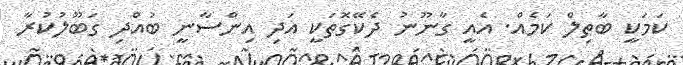
ކަމަކީ ބާތިލް ކަމެއް. އެއީ ގާނޫނު ދެކޭގޮތަކީ އަދި އިންސާނީ ބުއްދި ގަބޫލުކުރާ